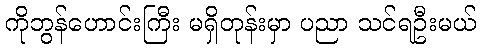
ကိုဘွန်ဟောင်းကြီး မရှိတုန်းမှာ ပညာ သင်ရဦးမယ်